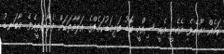
ކަމެއް ނޫނެވެ. އެހެނީ އެއީ ސިއްހީ ބޮޑު ބަލިމަޑުކަމެއްގެ އަލާމާތަކަށް ވެދާނެތީއެވެ. މާބަނޑު